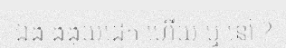
ឯង ងងុយដេក ហើយ ឬ នៅ ?